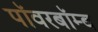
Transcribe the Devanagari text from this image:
पॉवरबॉम्ब